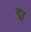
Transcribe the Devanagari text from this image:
द्म